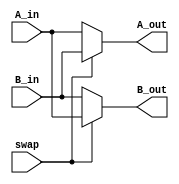
module Swap16
(

input [15:0] A_in, B_in,
output [15:0] A_out, B_out,
input swap
);

reg [15:0] A_o;
reg [15:0] B_o;
assign A_out = A_o;
assign B_out = B_o;

always @(*) begin

if(swap) begin
			A_o = B_in;
			B_o = A_in;
			end 
else begin
			A_o = A_in;
			B_o = B_in;
			end
			
end
			
endmodule